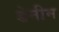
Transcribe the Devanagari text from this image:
डेनीम